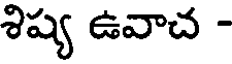
శిష్య ఉవాచ -